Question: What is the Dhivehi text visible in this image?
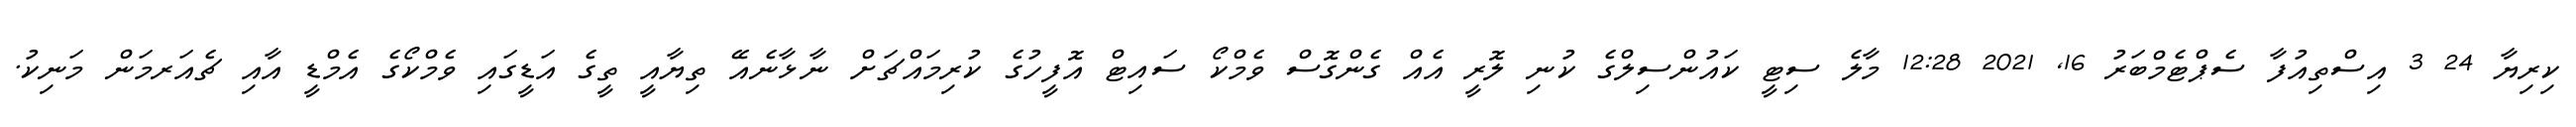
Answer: ކިރިޔާ 24 3 އިސްތިއުފާ ސެޕްޓެމްބަރު 16, 2021 12:28 މާލެ ސިޓީ ކައުންސިލްގެ ކުނި ލޮރީ އެއް ގެންގޮސް ވެމްކޯ ސައިޓް އޮފީހުގެ ކުރިމައްޗަށް ނާޅާނެއޭ ތިޔާއީ ތީގެ އަޑީގައި ވެމްކޯގެ އެމްޑީ އާއި ޗެއަރމަން މަނިކު.